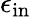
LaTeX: \epsilon_{\mathrm{in}}